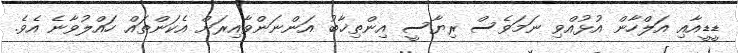
ޑީޑީއާއި އަލްހާން އުޅުއްވި ނަމަވެސް ރިޔާސީ އިންތިޚާބު އަންނަންވާއިރަށް އެކަންތައް ހައްލުވާނެ އެވެ.